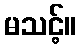
မသင့်။